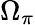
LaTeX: \Omega_{\pi}